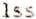
ISS